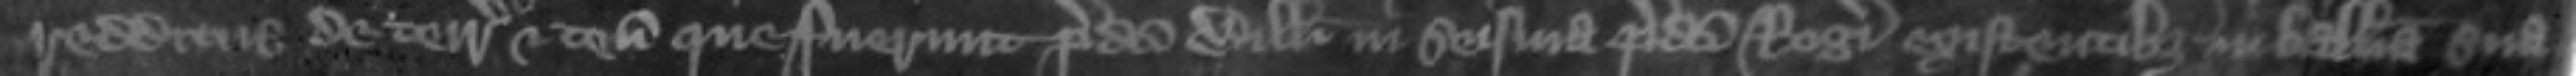
redditus de terris et tenementis que fuerunt predicti Willelmi in seisina predicti Rogeri existentibus in balliva sua